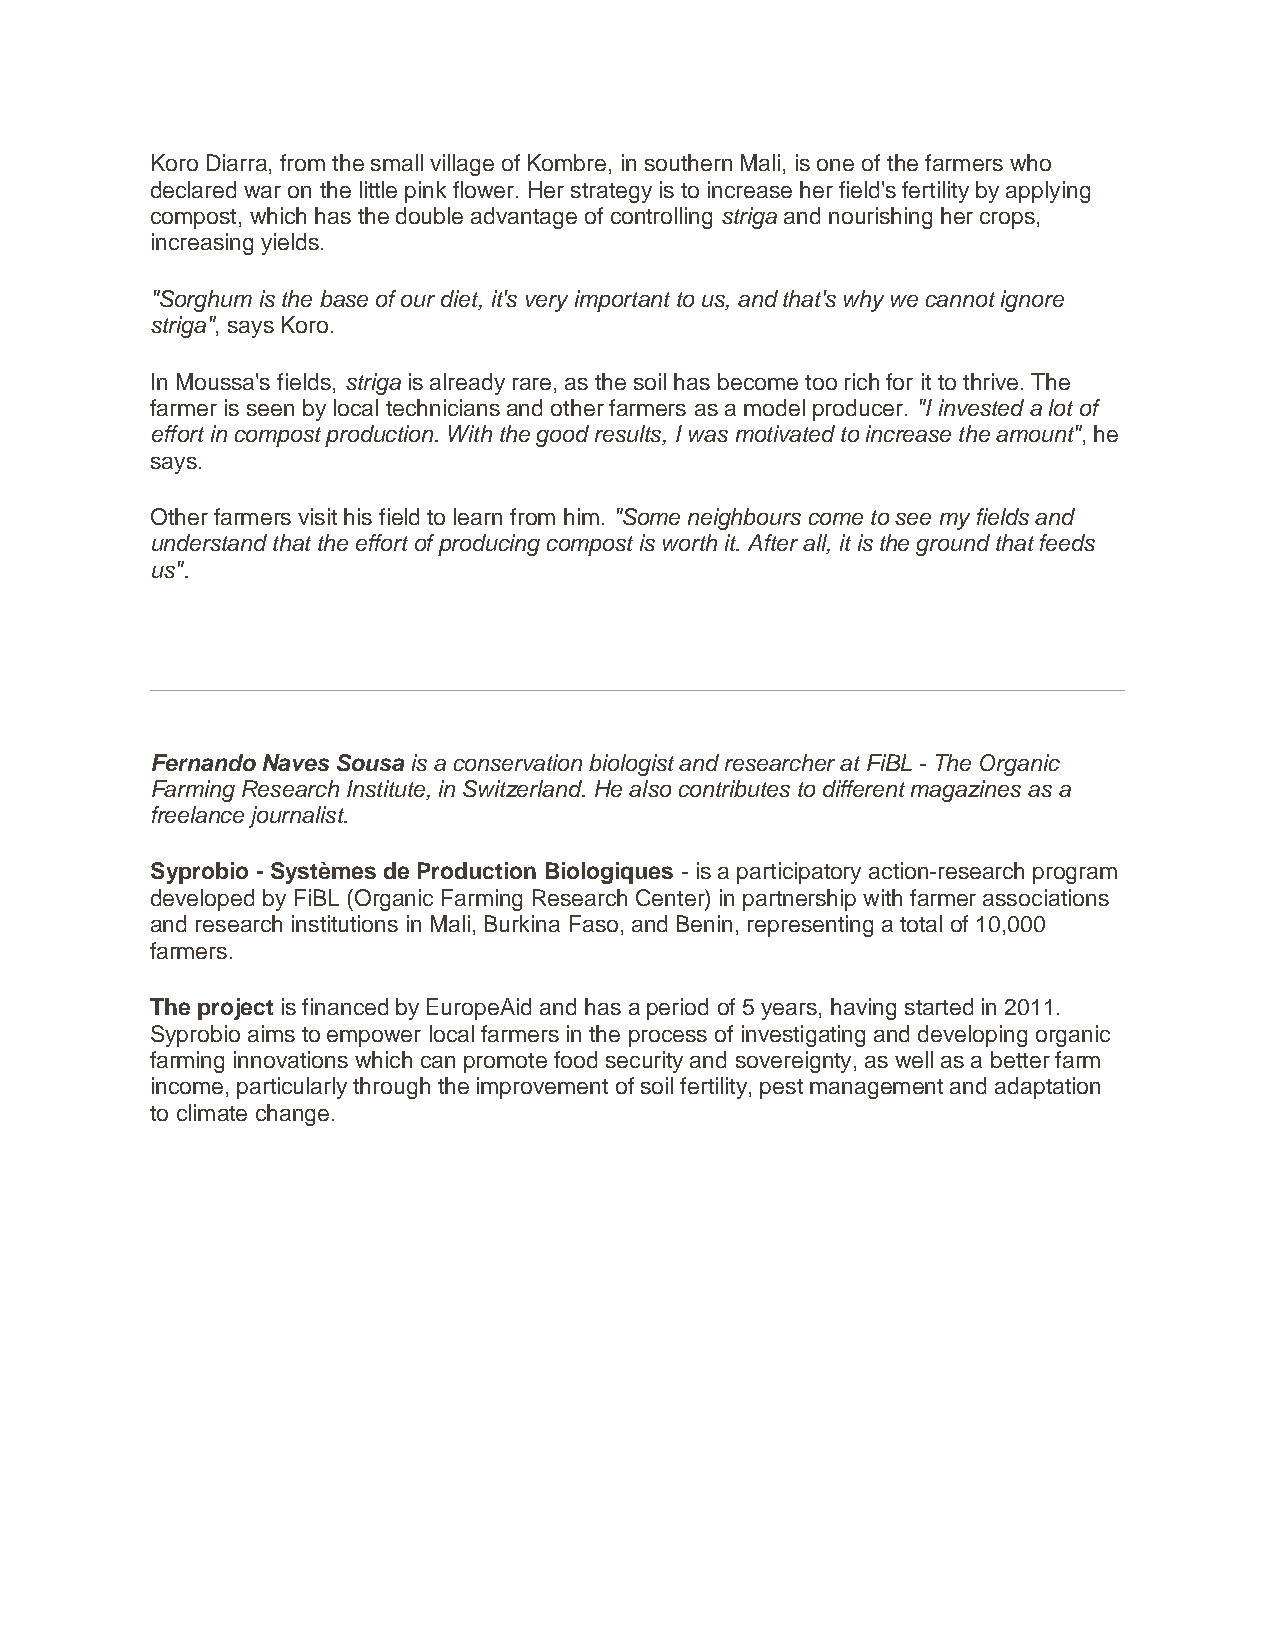
Koro Diarra, from the small village of Kombre, in southern Mali, is one of the farmers who
 declared war on the little pink flower. Her strategy is to increase her field's fertility by applying
 compost, which has the double advantage of controlling striga and nourishing her crops,
 increasing yields.
 "Sorghum is the base of our diet, it's very important to us, and that's why we cannot ignore
 striga", says Koro.
 In Moussa's fields, striga is already rare, as the soil has become too rich for it to thrive. The
 farmer is seen by local technicians and other farmers as a model producer. "I invested a lot of
 effort in compost production. With the good results, I was motivated to increase the amount", he
 says.
 Other farmers visit his field to learn from him. "Some neighbours come to see my fields and
 understand that the effort of producing compost is worth it. After all, it is the ground that feeds
 us".
 Fernando Naves Sousa is a conservation biologist and researcher at FiBL - The Organic
 Farming Research Institute, in Switzerland. He also contributes to different magazines as a
 freelance journalist.
 Syprobio - Systèmes de Production Biologiques - is a participatory action-research program
 developed by FiBL (Organic Farming Research Center) in partnership with farmer associations
 and research institutions in Mali, Burkina Faso, and Benin, representing a total of 10,000
 farmers.
 The project is financed by EuropeAid and has a period of 5 years, having started in 2011.
 Syprobio aims to empower local farmers in the process of investigating and developing organic
 farming innovations which can promote food security and sovereignty, as well as a better farm
 income, particularly through the improvement of soil fertility, pest management and adaptation
 to climate change.